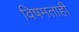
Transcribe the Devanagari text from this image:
विषमताही